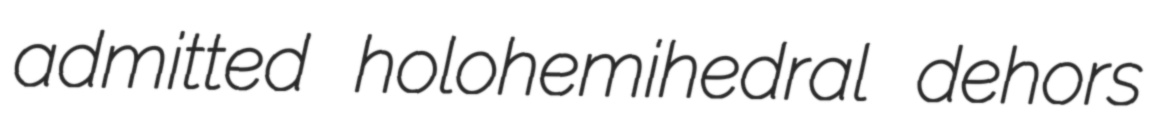
admitted holohemihedral dehors